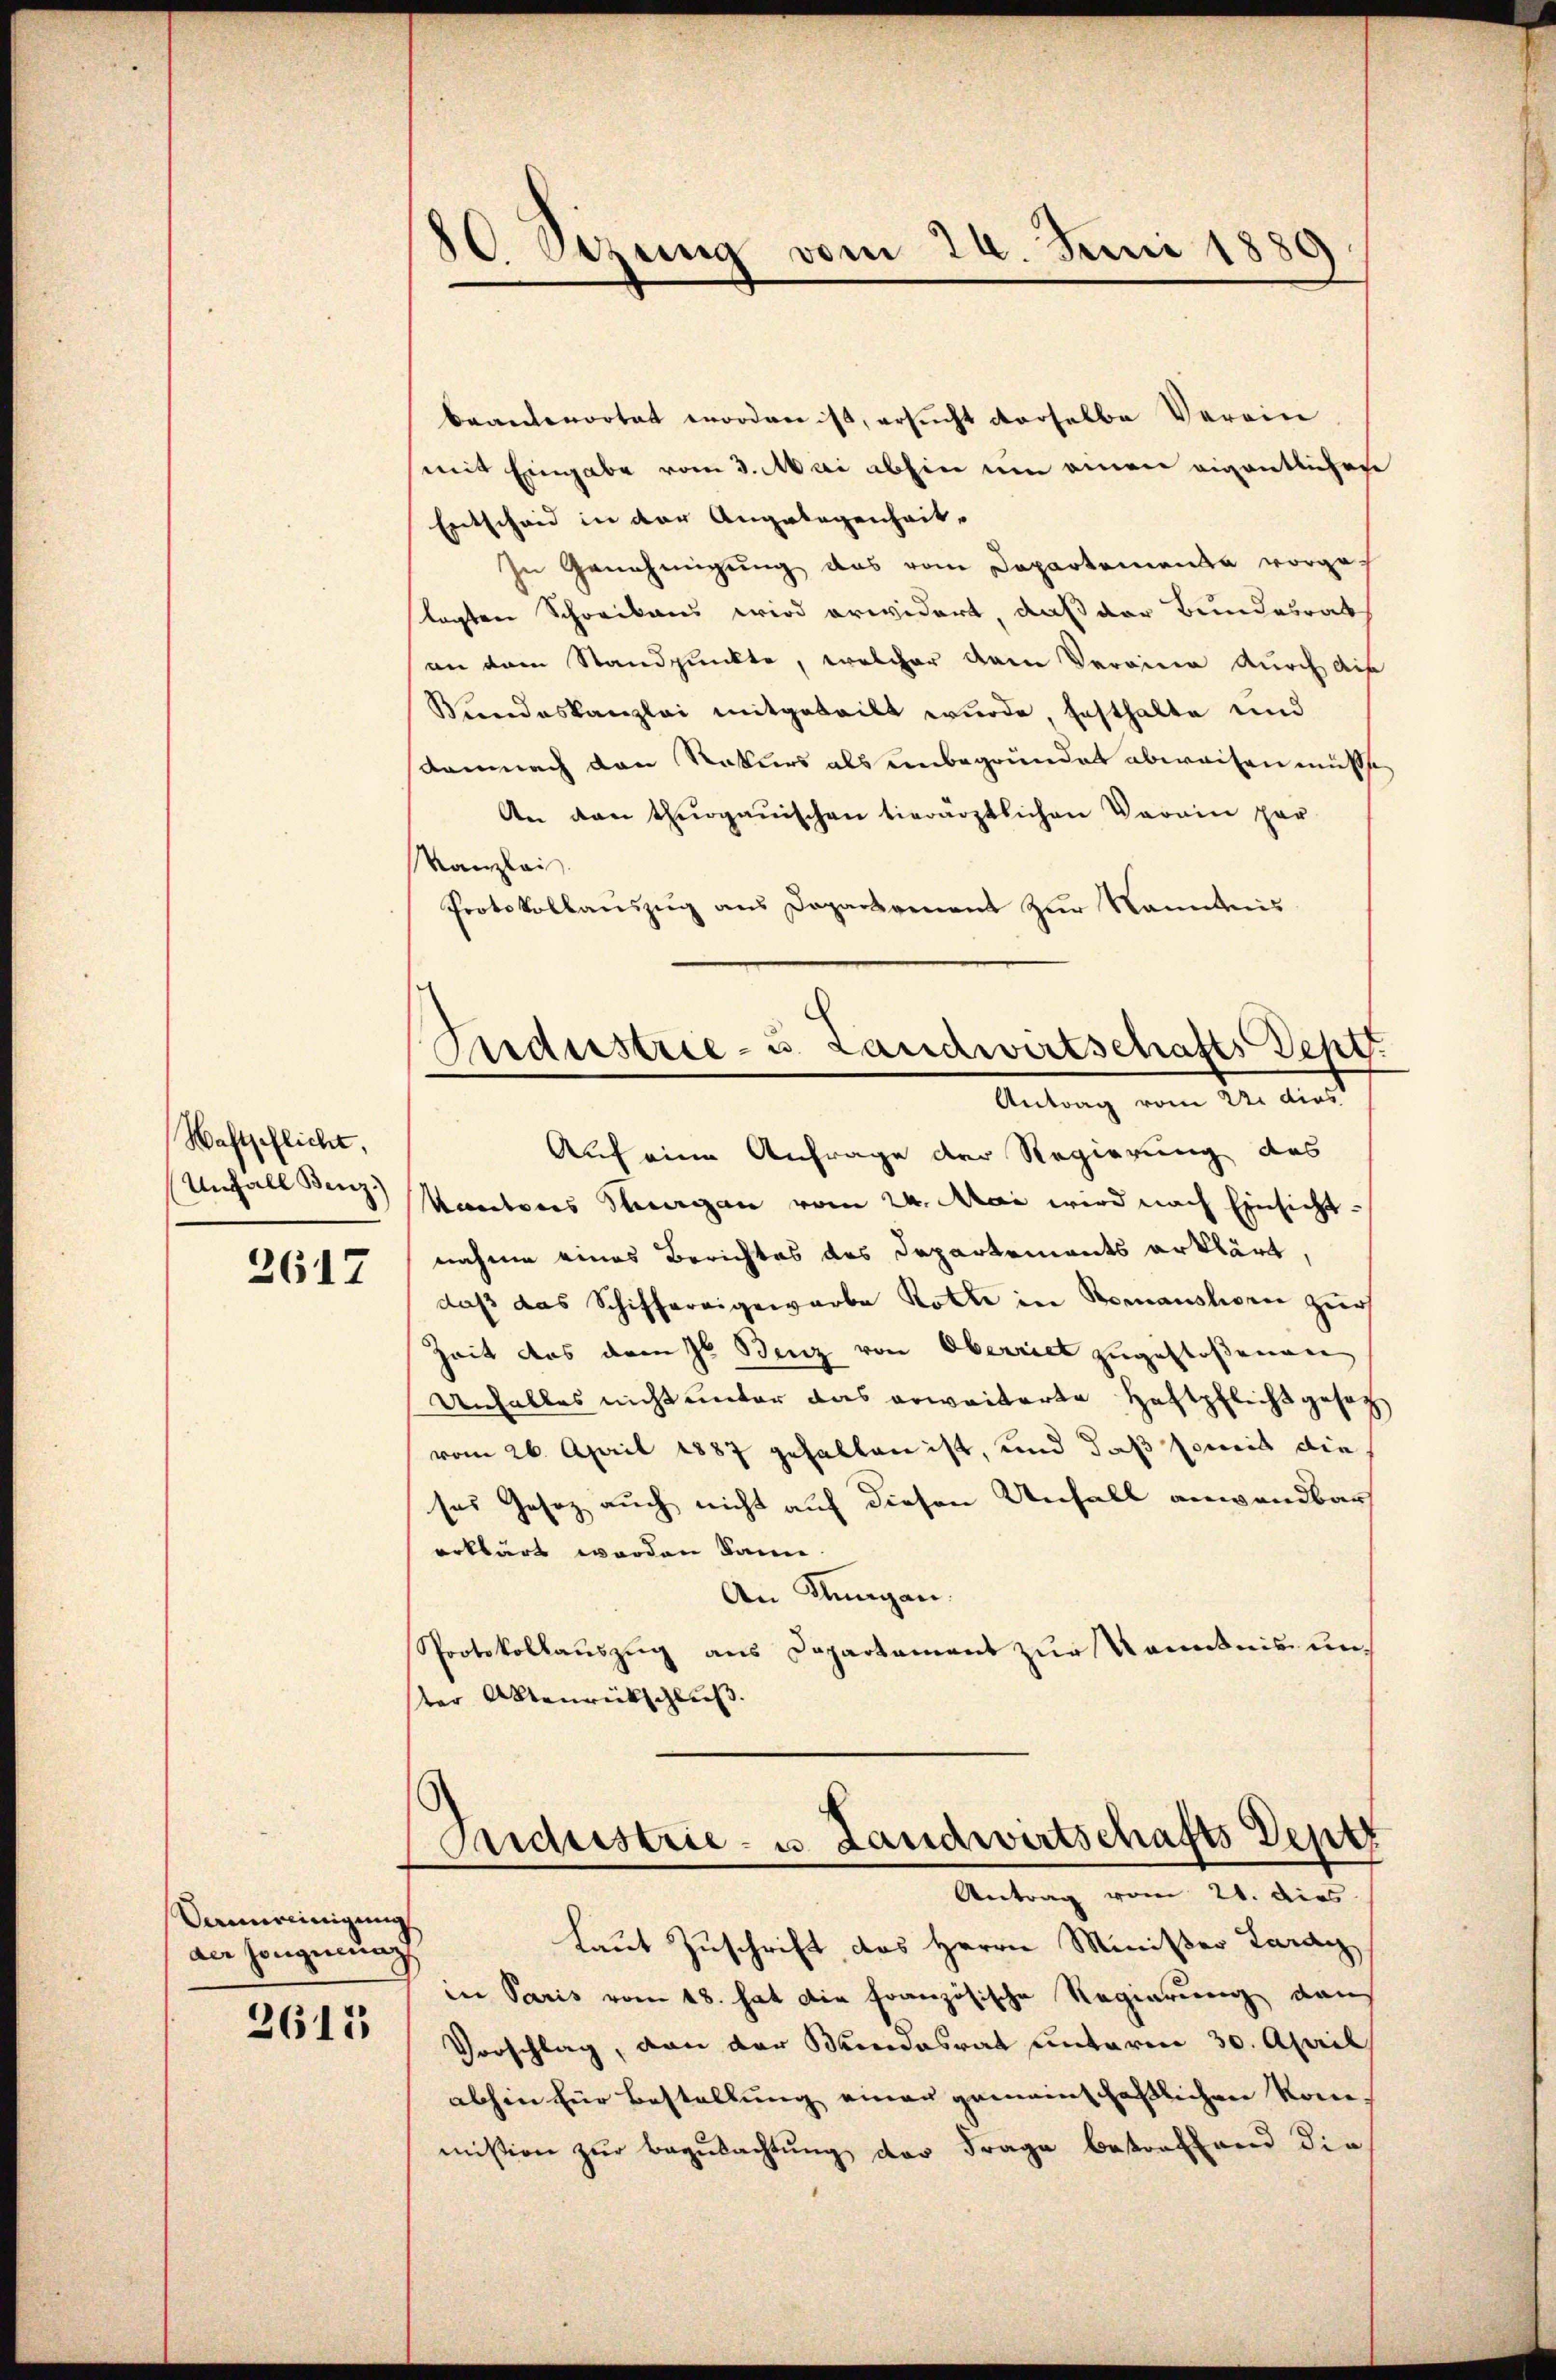
Haftpflicht,
Unfall Benz)

2617

Sannreinigung
der Hongiung
2615

10 Sezung vom 24. Juni 1889

Andustrie- u. Landwirtschafts Sept.
Antrag vom 22. dies

Andustrie- u. Landwirtschafts Depe
Antrag vom 21. dies

beanterortet worden ist, ersucht derselbe Verein
mit Eingabe vom 3. Mai abhin um einen eigentlichen
Entscheid in der Angelegenheit-
In Genehmigung das vom Departemenda vorges
lagten Schreibens wird erwidert, daß der Bundesrat
an dem Standpunkte, welcher dem Vereine durch die
Bundeskanzlei mitgeteilt wŭrde, festhalte und
damnach den Rekurs als unbegründet abweisen müßte,
An den thurgauischen tierärztlichen Vorain par
Kanzlei.
Protokollauszug aus Departement zur Nanntnis
Auf eine Anfrage der Regierung des
Kantons Thurgau vom 24. Mai wird nach Einsicht
nahme eines Berichtes des Departements erklärt
daß das Schiffereigewarbe Rotte in Bomanslosen zur
Zeit das dem H. Benz von Oberriet zugestoßenen
Unfalles nicht unter das erweiterte Haftpflicht gesag
vom 26. April 1887 gefallen ist, und daß somit die
ses Gesez auch nicht auf diesen Unfall anwendbar
erklärt worden kann.
An Klingen.
Protokollauszug aus Departament zur Kenntnis unter Aktenrückschluß.

Laut Zuschrift des Herrn Minister Lardy
in Paris vom 18. hat die Französische Regierung dans
Vorschlag, von der Bundesrat unterm 30. April
abhin für Bestellung einer gemeinschaftlichen Kom-
mission zŭr Begŭtachtŭng der Frage bestraffend die